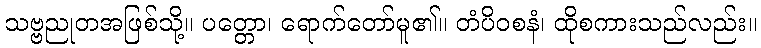
သဗ္ဗညုတအဖြစ်သို့။ ပတ္တော၊ ရောက်တော်မူ၏။ တံပိဝစနံ၊ ထိုစကားသည်လည်း။